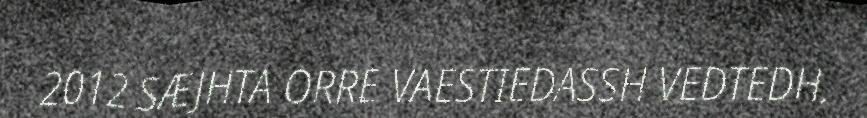
2012 SÆJHTA ORRE VAESTIEDASSH VEDTEDH.